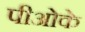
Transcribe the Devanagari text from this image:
पीओके